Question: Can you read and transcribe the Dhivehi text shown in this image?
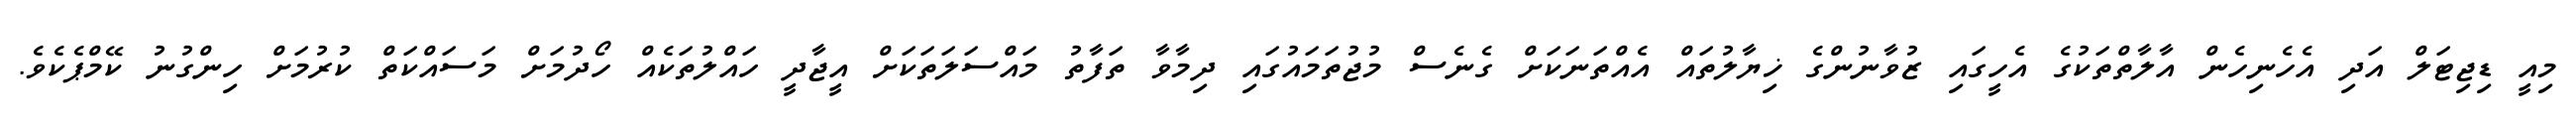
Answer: މިއީ ޑިޖިޓަލް އަދި އެހެނިހެން އާލާތްތަކުގެ އެހީގައި ޒުވާނުންގެ ޚިޔާލުތައް އެއްތަނަކަށް ގެނެސް މުޖުތަމައުގައި ދިމާވާ ތަފާތު މައްސަލަތަކަށް އީޖާދީ ހައްލުތަކެއް ހޯދުމަށް މަސައްކަތް ކުރުމަށް ހިންގުނު ކޭމްޕެކެވެ.